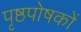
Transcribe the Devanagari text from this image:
पृष्ठपोषकों